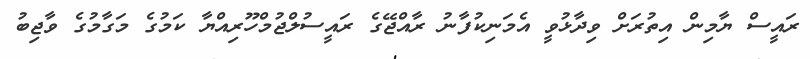
ރައީސް ޔާމިން އިތުރަށް ވިދާޅުވީ އެމަނިކުފާނު ރާއްޖޭގެ ރައީސުލްޖުމްހޫރިއްޔާ ކަމުގެ މަގާމުގެ ވާޖިބު